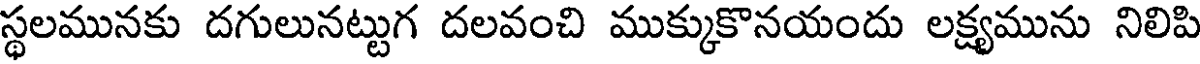
స్థలమునకు దగులునట్టుగ దలవంచి ముక్కుకొనయందు లక్ష్యమును నిలిపి